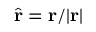
\hat { \mathbf { r } } = \mathbf { r } / | \mathbf { r } |